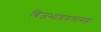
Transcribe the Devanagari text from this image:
बिजभांडवलासह